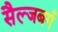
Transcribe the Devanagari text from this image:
सैल्जबर्ग